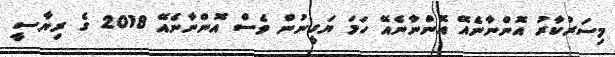
މިސަރުކާރު އޮންނާނެއޭ އޮންނާނެއޭ ހަމަ ޔަގީނުން ވެސް އޮންނާނެއޭ 2018 ގެ ރިޔާސީ